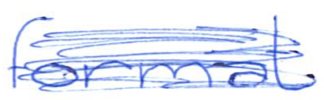
Text: format
Cross-out: scratch
Writing tool: ballpoint